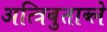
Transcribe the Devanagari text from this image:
अत्त्रिबुताब्ले